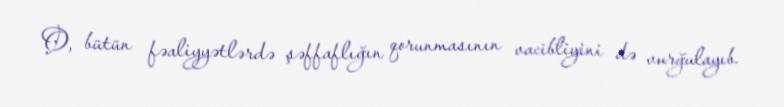
O, bütün fəaliyyətlərdə şəffaflığın qorunmasının vacibliyini də vurğulayıb.